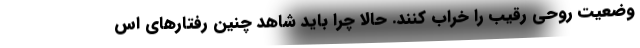
وضعیت روحی رقیب را خراب کنند. حالا چرا باید شاهد چنین رفتارهای اس